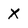
Character: X